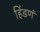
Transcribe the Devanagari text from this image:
हिंडणं